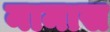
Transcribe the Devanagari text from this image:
नामास